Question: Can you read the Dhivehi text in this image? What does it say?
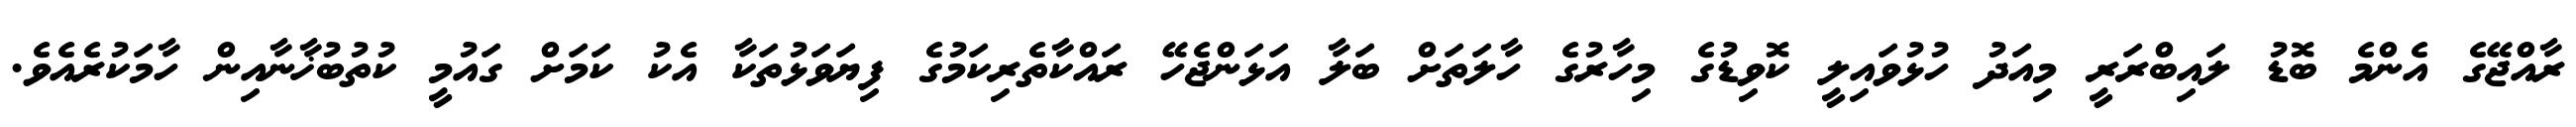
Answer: ރާއްޖޭގެ އެންމެ ބޮޑު ލައިބްރަރީ މިއަދު ހުޅުވައިލީ ކޮވިޑުގެ މިހާރުގެ ހާލަތަށް ބަލާ އަޅަންޖެހޭ ރައްކާތެރިކަމުގެ ފިޔަވަޅުތަކާ އެކު ކަމަށް ގައުމީ ކުތުބުޚާނާއިން ހާމަކުރެއެވެ.